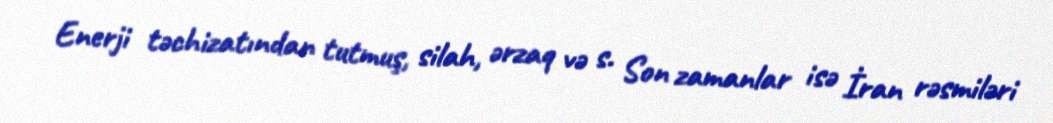
Enerji təchizatından tutmuş, silah, ərzaq və s. Son zamanlar isə İran rəsmiləri